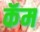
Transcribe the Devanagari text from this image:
कॅम